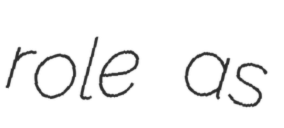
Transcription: role as